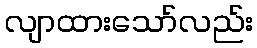
လျာထားသော်လည်း